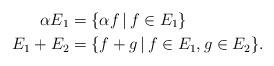
LaTeX: \begin{align*} \alpha E_1 &= \{\alpha {f}\,|\, {f}\in E_1\} \\ E_1 + E_2 &= \{{f}+{g}\,|\, {f}\in E_1, {g}\in E_2\}.\end{align*}